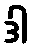
ဒါ